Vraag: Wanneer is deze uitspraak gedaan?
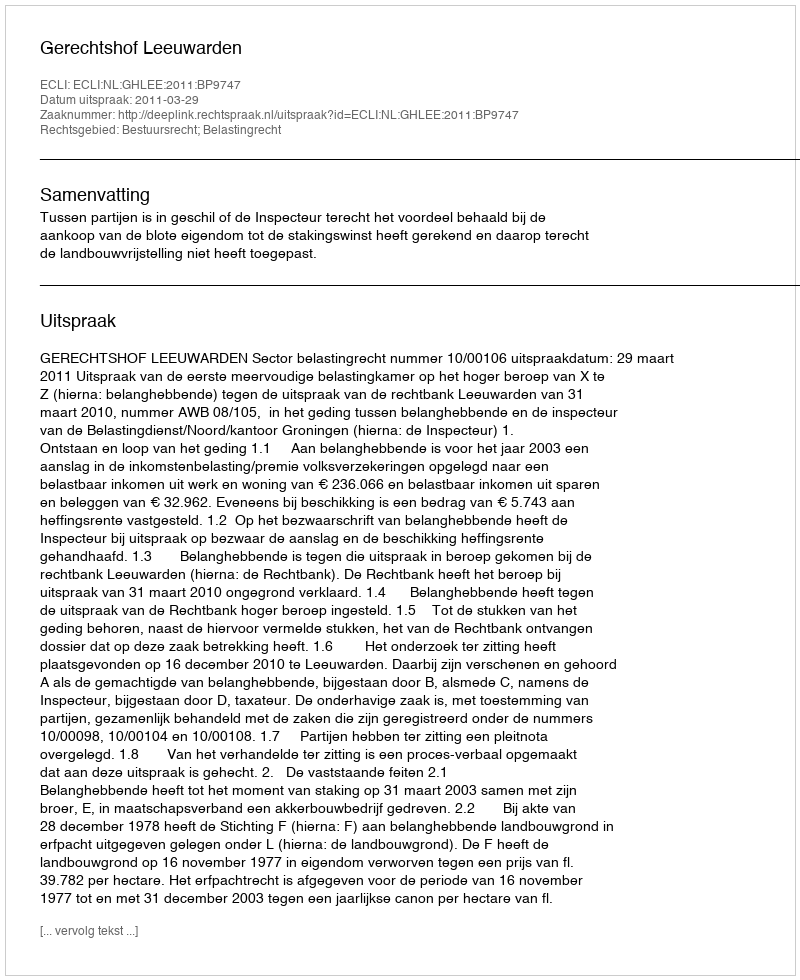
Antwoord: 2011-03-29